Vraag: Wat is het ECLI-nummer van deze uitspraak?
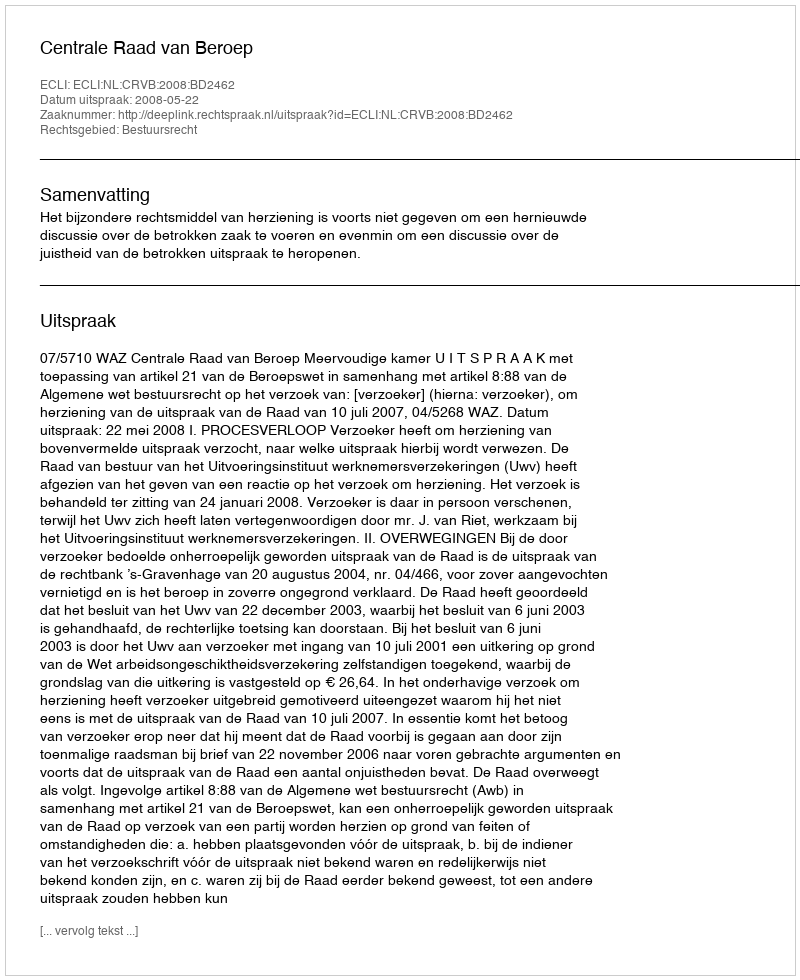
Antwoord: ECLI:NL:CRVB:2008:BD2462